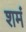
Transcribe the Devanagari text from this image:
शमं